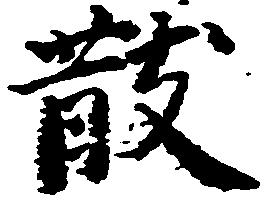
散